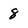
Character: 8